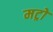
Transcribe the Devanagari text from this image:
मट्रो